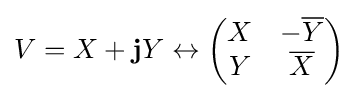
V=X+\mathbf {j} Y\leftrightarrow \left({\begin{matrix}X&-{\overline {Y}}\\Y&{\overline {X}}\end{matrix}}\right)